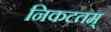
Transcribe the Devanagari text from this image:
निकटतम्